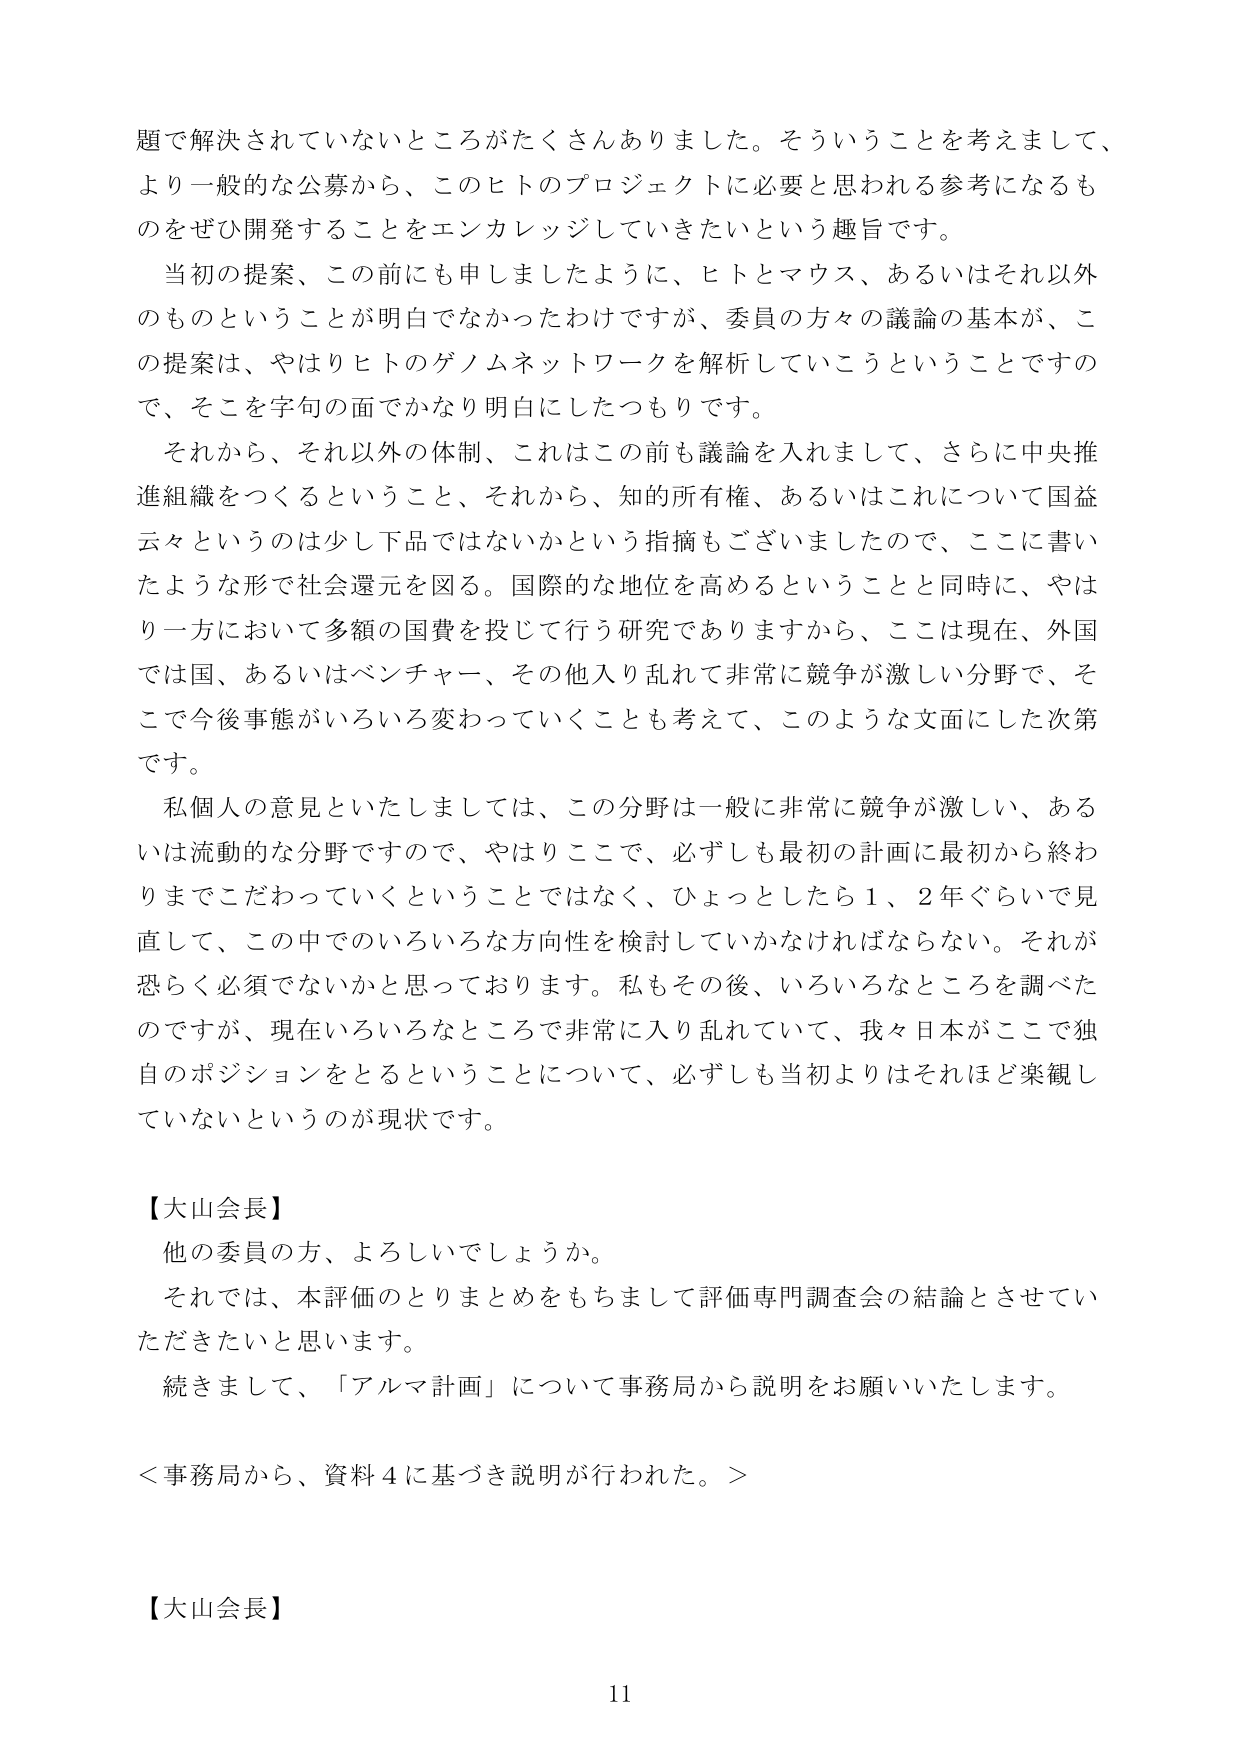
題で解決されていないところがたくさんありました。そういうことを考えまして、
より一般的な公募から、このヒトのプロジェクトに必要と思われる参考になるも
のをぜひ開発することをエンカレッジしていきたいという趣旨です。
当初の提案、この前にも申しましたように、ヒトとマウス、あるいはそれ以外
のものということが明白でなかったわけですが、委員の方々の議論の基本が、こ
の提案は、やはりヒトのゲノムネットワークを解析していこうということですの
で、そこを字句の面でかなり明白にしたつもりです。
それから、それ以外の体制、これはこの前も議論を入れまして、さらに中央推
進組織をつくるということ、それから、知的所有権、あるいはこれについて国益
云々というのは少し下品ではないかという指摘もございましたので、ここに書い
たような形で社会還元を図る。国際的な地位を高めるということと同時に、やは
り一方において多額の国費を投じて行う研究でありますから、ここは現在、外国
では国、あるいはベンチャー、その他入り乱れて非常に競争が激しい分野で、そ
こで今後事態がいろいろ変わっていくことも考えて、このような文面にした次第
です。
私個人の意見といたしましては、この分野は一般に非常に競争が激しい、ある
いは流動的な分野ですので、やはりここで、必ずしも最初の計画に最初から終わ
りまでこだわっていくということではなく、ひょっとしたら１、２年ぐらいで見
直して、この中でのいろいろな方向性を検討していかなければならない。それが
恐らく必須でないかと思っております。私もその後、いろいろなところを調べた
のですが、現在いろいろなところで非常に入り乱れていて、我々日本がここで独
自のポジションをとるということについて、必ずしも当初よりはそれほど楽観し
ていないというのが現状です。
【大山会長】
他の委員の方、よろしいでしょうか。
それでは、本評価のとりまとめをもちまして評価専門調査会の結論とさせてい
ただきたいと思います。
続きまして、「アルマ計画」について事務局から説明をお願いいたします。
＜事務局から、資料４に基づき説明が行われた。＞
【大山会長】
11